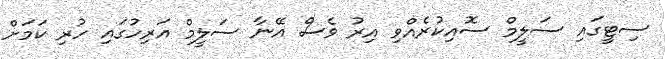
ސިޓީގައި ސަލީމް ސޮއިކުރެއްވި އިރު ވެސް އޭނާ ސަލީމް އަރިހުގައި ހުރި ކަމަށް